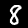
Label: 8